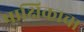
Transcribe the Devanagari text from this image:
पाक्षिकाचा